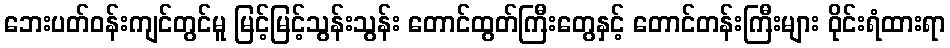
ဘေးပတ်ဝန်းကျင်တွင်မူ မြင့်မြင့်သွန်းသွန်း တောင်ထွတ်ကြီးတွေနှင့် တောင်တန်းကြီးများ ဝိုင်းရံထားရာ